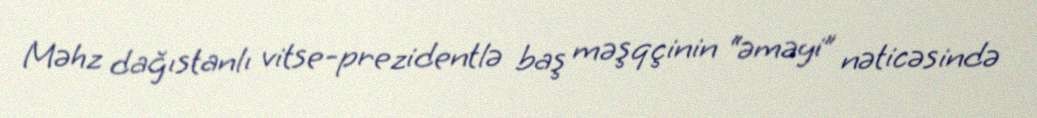
Məhz dağıstanlı vitse-prezidentlə baş məşqçinin “əməyi” nəticəsində